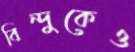
বিন্দুকেও